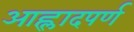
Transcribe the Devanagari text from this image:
आह्लादपर्ण